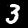
Digit: 3